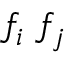
f _ { i } ^ { \phantom { \dagger } } f _ { j } ^ { \phantom { \dagger } }